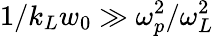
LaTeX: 1/k_{L}w_{0}\gg\omega_{p}^{2}/\omega_{L}^{2}